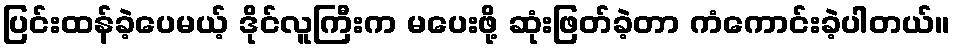
ပြင်းထန်ခဲ့ပေမယ့် ဒိုင်လူကြီးက မပေးဖို့ ဆုံးဖြတ်ခဲ့တာ ကံကောင်းခဲ့ပါတယ်။